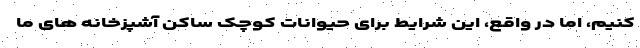
کنیم، اما در واقع، این شرایط برای حیوانات کوچک ساکن آشپزخانه های ما